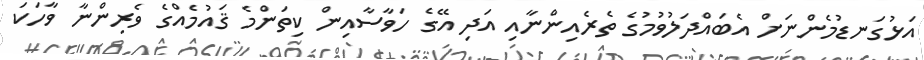
އަޅުގަނޑުމެންނަށް އެބައްދަލުވުމުގެ ތެރެއިންނާއި އަދި އޭގެ ހަވާސާއިން ކިތަންމެ ޤައުމެއްގެ ވެރިންނާ ވާހަކަ